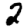
Digit: 2